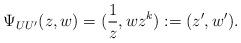
LaTeX: \begin{align*}\Psi_{UU'}(z,w) = (\frac 1 z, w z^k) := (z',w').\end{align*}